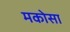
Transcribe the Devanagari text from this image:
मकोसा